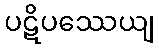
ပဋိပဿေယျ